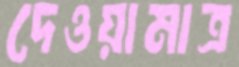
দেওয়ামাত্র